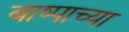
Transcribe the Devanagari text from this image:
बाष्पाच्या